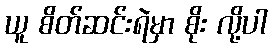
ယူ စိတ်ဆင်းရဲမှာ စိုး လို့ပါ